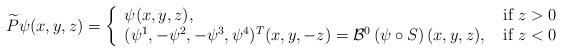
LaTeX: \begin{align*}\widetilde P \psi (x,y,z) = \left\{\begin{array}{ll}\psi(x,y,z),\; &\mbox{if }z> 0\\(\psi^1,-\psi^2,-\psi^3,\psi^4)^T(x,y,-z) = \mathcal{B}^0 \left( {\psi}\circ S\right) (x,y,z),\;&\mbox{if }z< 0\end{array}\right.\end{align*}